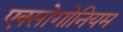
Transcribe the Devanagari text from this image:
एक्सोगोनियम